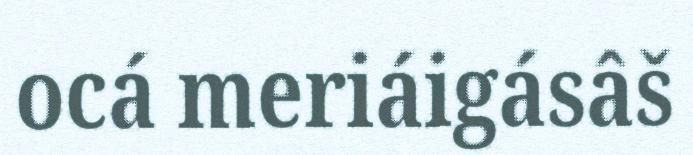
ocá meriáigásâš